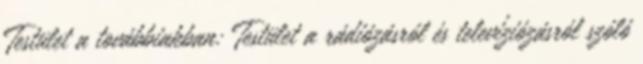
Testület a továbbiakban: Testület a rádiózásról és televíziózásról szóló